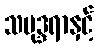
သမုဒ္ဒရာနှင့်